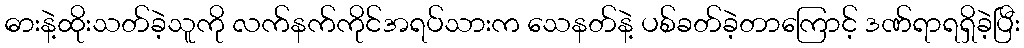
ဓားနဲ့ထိုးသတ်ခဲ့သူကို လက်နက်ကိုင်အရပ်သားက သေနတ်နဲ့ ပစ်ခတ်ခဲ့တာကြောင့် ဒဏ်ရာရရှိခဲ့ပြီး